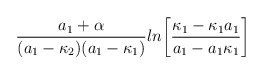
\begin{align*}{a_1+\alpha\over{(a_1-\kappa_2)(a_1-\kappa_1)}}ln\biggl[{{\kappa_1-\kappa_1a_1}\over{a_1-a_1\kappa_1}}\biggr]\end{align*}